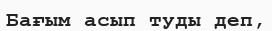
Бағым асып туды деп,